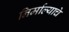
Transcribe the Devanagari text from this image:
निर्माल्याचे